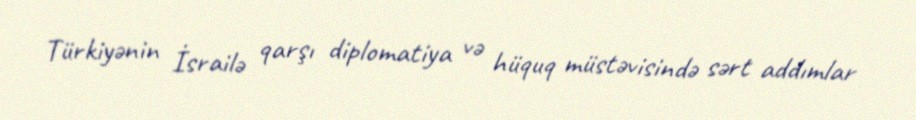
Türkiyənin İsrailə qarşı diplomatiya və hüquq müstəvisində sərt addımlar